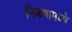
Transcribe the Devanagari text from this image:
निकषामध्ये